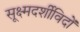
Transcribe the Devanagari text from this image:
सूक्ष्मदर्शीविदों